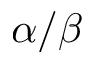
\alpha / \beta